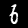
Digit: 6